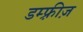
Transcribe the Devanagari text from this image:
डम्फ़्रीज़